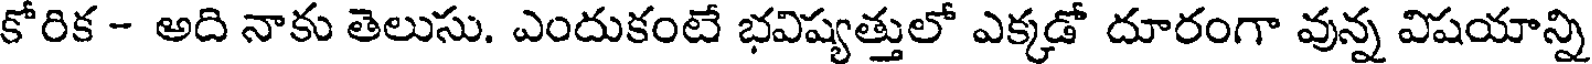
కోరిక - అది నాకు తెలుసు. ఎందుకంటే భవిష్యత్తులో ఎక్కడో దూరంగా వున్న విషయాన్ని